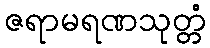
ဇရာမရဏသုတ္တံ